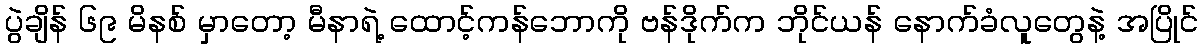
ပွဲချိန် ၆၉ မိနစ် မှာတော့ မီနာရဲ့ ထောင့်ကန်ဘောကို ဗန်ဒိုက်က ဘိုင်ယန် နောက်ခံလူတွေနဲ့ အပြိုင်